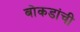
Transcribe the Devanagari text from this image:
बोकडांची